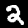
Label: 2